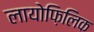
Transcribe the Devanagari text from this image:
लायोफ़िलिक